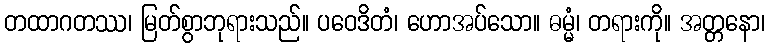
တထာဂတဿ၊ မြတ်စွာဘုရားသည်။ ပဝေဒိတံ၊ ဟောအပ်သော။ ဓမ္မံ၊ တရားကို။ အတ္တနော၊